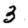
Digit: 3